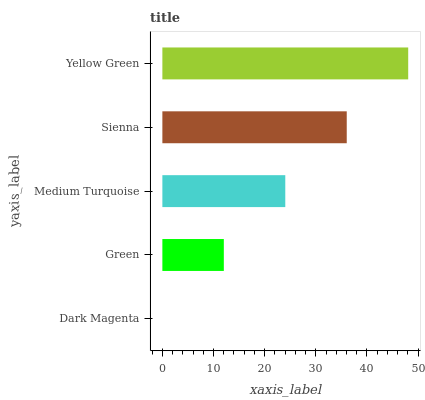
| yaxis_label | bars |
 | --- | --- |
 | Dark Magenta | 0 |
 | Green | 12 |
 | Medium Turquoise | 24 |
 | Sienna | 36.1 |
 | Yellow Green | 48.1 |